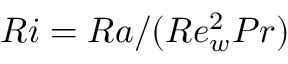
R i = R a / ( R e _ { w } ^ { 2 } P r )